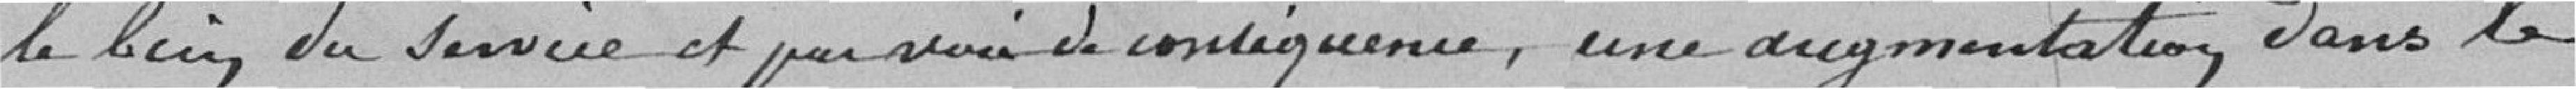
le bien du service et par voie de conséquence, une augmentation dans le